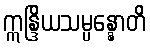
ဣန္ဒြိယသမ္ပန္နောတိ